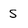
Character: S